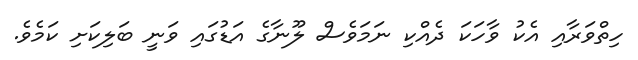
ހިތްވަރާއި އެކު ވާހަކަ ދެއްކި ނަމަވެސް ލޫނާގެ އަޑުގައި ވަނީ ބަލިކަށި ކަމެވެ.